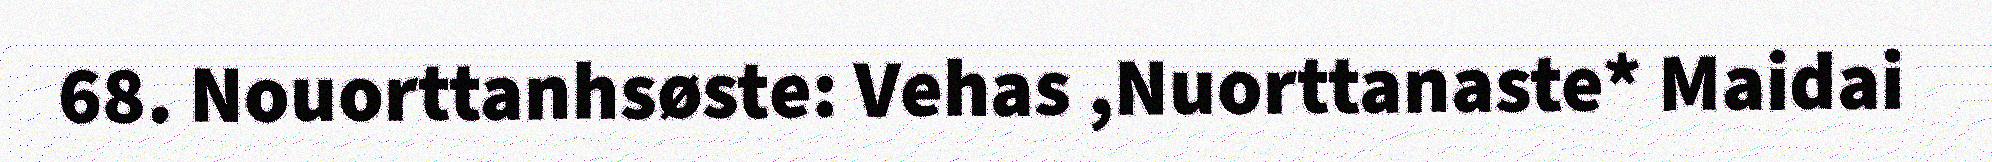
68. Nouorttanhsøste: Vehas ,Nuorttanaste* Maidai